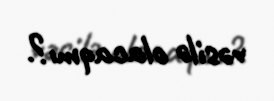
vəsilə olacaqmı?.